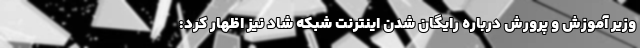
وزیر آموزش و پرورش درباره رایگان شدن اینترنت شبکه شاد نیز اظهار کرد: